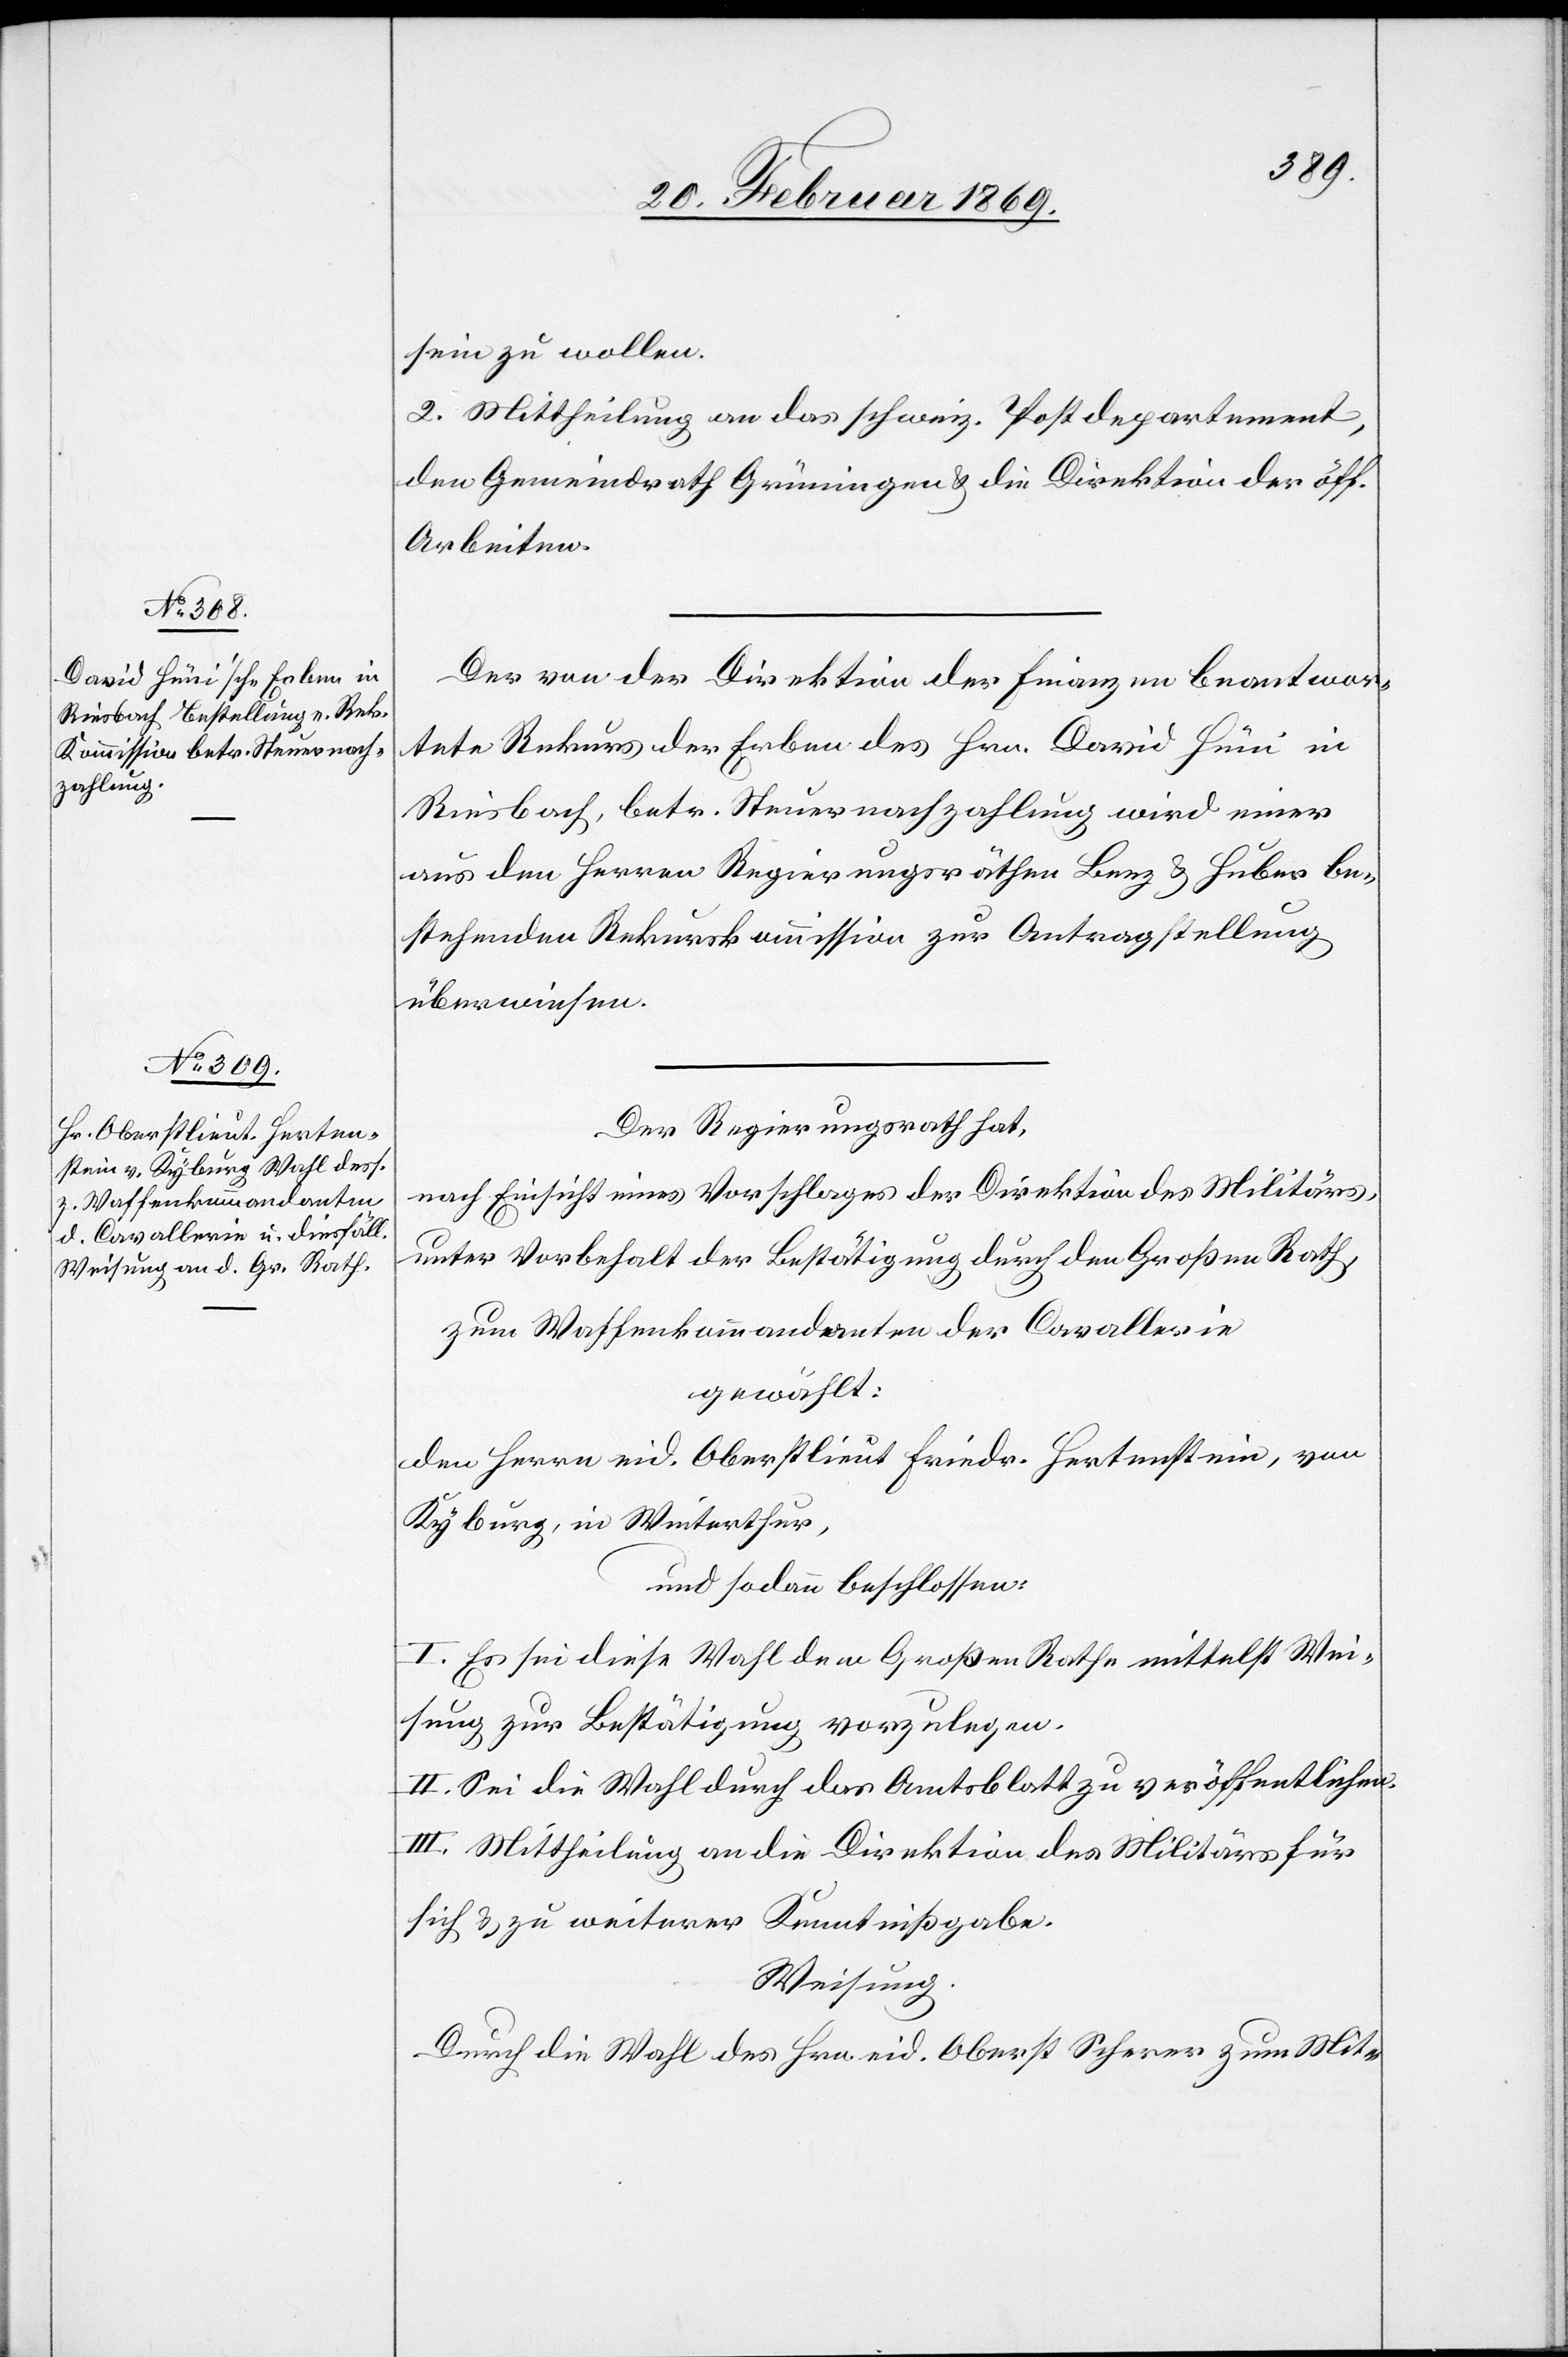
sein zu wollen.
2. Mittheilung an das schweiz. Postdepartement,
den Gemeindrath Grüningen & die Direktion der öff.
Arbeiten.
Der von der Direktion der Finanzen beantwor¬
tete Rekurs der Erben des Hrn. David Hüni in
Riesbach, betr. Steuernachzahlung wird einer
aus den Herren Regierungsräthen Benz & Huber be¬
stehenden Rekurskommission zur Antragstellung
überwiesen.
Der Regierungsrath hat,
nach Einsicht eines Vorschlages der Direktion des Militärs,
unter Vorbehalt der Bestätigung durch den Großen Rath,
zum Waffenkommandanten der Cavallerie
gewählt:
den Herrn eid. Oberstlieut. Fried. Herstenstein, von
Kyburg, in Winterthur,
und sodann beschlossen:
I. Es sei diese Wahl dem Großen Rathe mittelst Wei¬
sung zur Bestätigung vorzulegen.
II. Sei die Wahl durch das Amtsblatt zu veröffentlichen.
III. Mittheilung an die Direktion des Militärs für
sich & zu weiterer Kenntnißgabe.
Weisung.
Durch die Wahl des Hrn. eid. Oberst Scherer zum Mit-